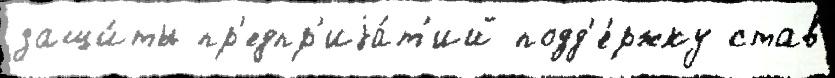
защи́ты пр'едпр'иjа́т'ий подд'е́ржку став